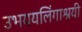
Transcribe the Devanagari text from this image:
उभययलिंगाश्रयी